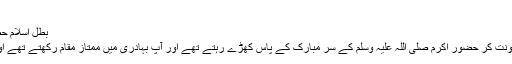
( اسد الغابہ )
بطل اسلام حضرت ضحاک بن سفیان بن عوف غامری رضی اللہ عنہ​
ابن اثیر کی روایت ہے کہ حضرت ضحاک اپنی تلوار سونت کر حضور اکرم صلی اللہ علیہ وسلم کے سر مبارک کے پاس کھڑے رہتے تھے اور آپ بہادری میں ممتاز مقام رکھتے تھے اور آپ کا شمار سو گھڑ سواروں کے برابر کیا جاتا تھا ۔